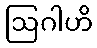
ဩဂါဟိ